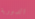
الدورية